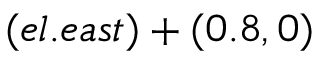
( e l . e a s t ) + ( 0 . 8 , 0 )